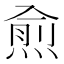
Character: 𭵙